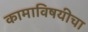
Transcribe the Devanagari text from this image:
कामाविषयीचा